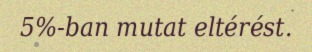
5%-ban mutat eltérést.